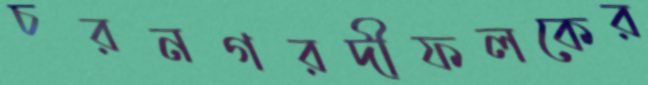
চরনগরদীফলকের